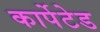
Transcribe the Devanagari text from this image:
कार्पेटेड